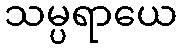
သမ္ပရာယေ